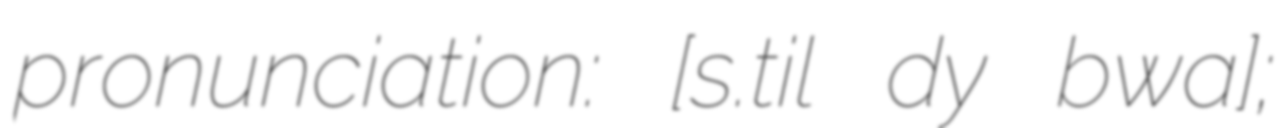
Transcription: pronunciation: ​[sɛ̃.t‿ilɛʁ dy bwa];